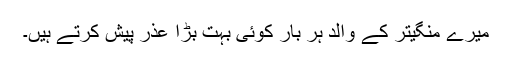
میرے منگیتر کے والد ہر بار کوئی بہت بڑا عذر پیش کرتے ہیں۔